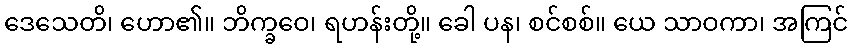
ဒေသေတိ၊ ဟော၏။ ဘိက္ခဝေ၊ ရဟန်းတို့။ ခေါ ပန၊ စင်စစ်။ ယေ သာဝကာ၊ အကြင်